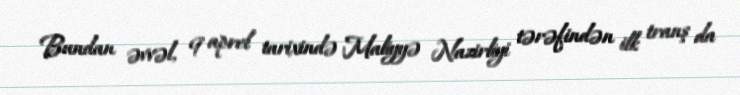
Bundan əvvəl, 9 aprel tarixində Maliyyə Nazirliyi tərəfindən ilk tranş da